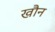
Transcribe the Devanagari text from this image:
खौन